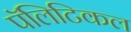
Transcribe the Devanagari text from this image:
पॅलिटिकल